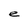
Character: e